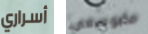
أسراري مابوسعي